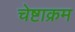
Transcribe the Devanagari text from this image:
चेष्टाक्रम